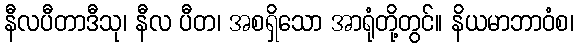
နီလပီတာဒီသု၊ နီလ ပီတ၊ အစရှိသော အာရုံတို့တွင်။ နိယမာဘာဝံစ၊